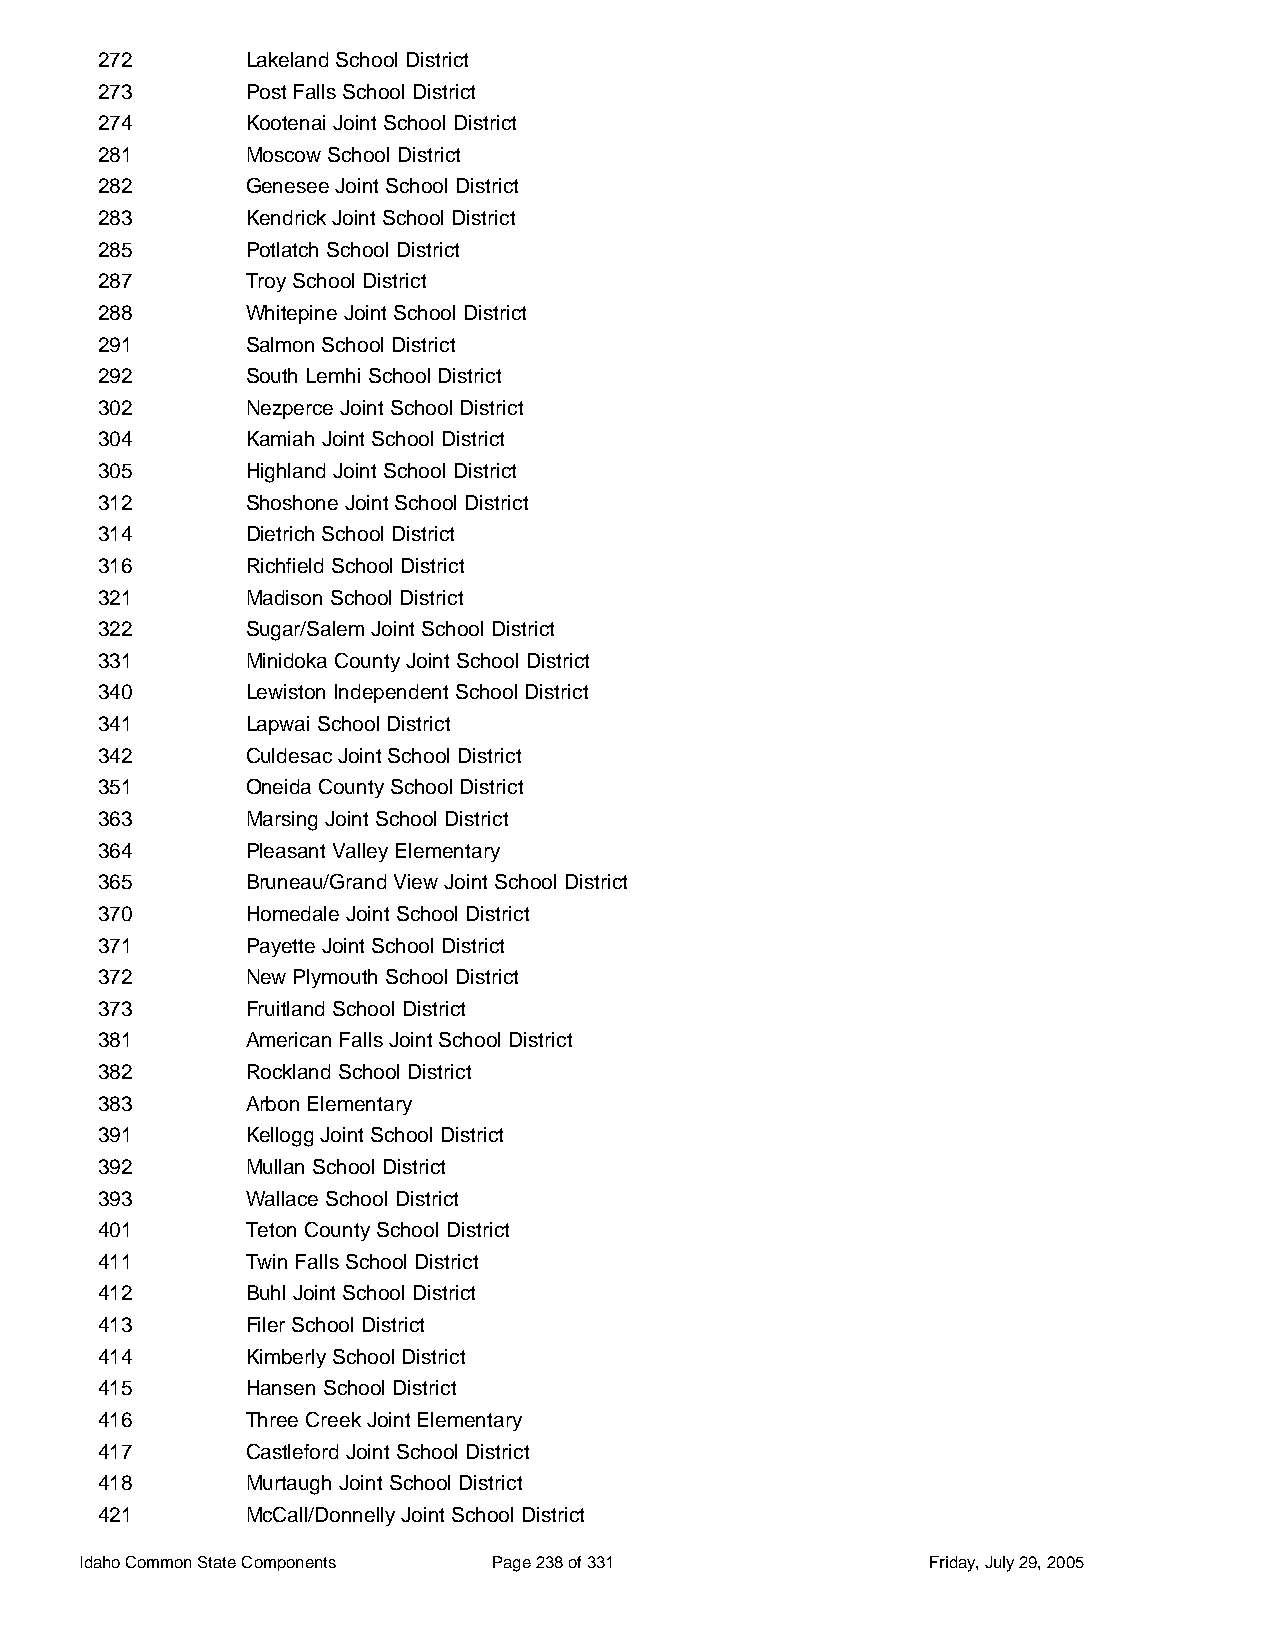
272       Lakeland School District
 273       Post Falls School District
 274       Kootenai Joint School District
 281       Moscow School District
 282       Genesee Joint School District
 283       Kendrick Joint School District
 285       Potlatch School District
 287       Troy School District
 288       Whitepine Joint School District
 291       Salmon School District
 292       South Lemhi School District
 302       Nezperce Joint School District
 304       Kamiah Joint School District
 305       Highland Joint School District
 312       Shoshone Joint School District
 314       Dietrich School District
 316       Richfield School District
 321       Madison School District
 322       Sugar/Salem Joint School District
 331       Minidoka County Joint School District
 340       Lewiston Independent School District
 341       Lapwai School District
 342       Culdesac Joint School District
 351       Oneida County School District
 363       Marsing Joint School District
 364       Pleasant Valley Elementary
 365       Bruneau/Grand View Joint School District
 370       Homedale Joint School District
 371       Payette Joint School District
 372       New Plymouth School District
 373       Fruitland School District
 381       American Falls Joint School District
 382       Rockland School District
 383       Arbon Elementary
 391       Kellogg Joint School District
 392       Mullan School District
 393       Wallace School District
 401       Teton County School District
 411       Twin Falls School District
 412       Buhl Joint School District
 413       Filer School District
 414       Kimberly School District
 415       Hansen School District
 416       Three Creek Joint Elementary
 417       Castleford Joint School District
 418       Murtaugh Joint School District
 421       McCall/Donnelly Joint School District
 Idaho Common State Components Page 238 of 331           Friday, July 29, 2005